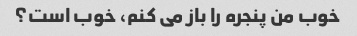
خوب من پنجره را باز می کنم، خوب است؟